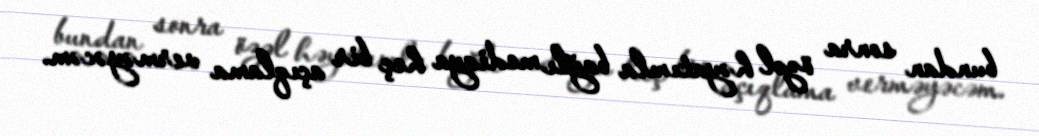
bundan sonra özəl həyatımla bağlı mediaya heç bir açıqlama verməyəcəm.